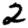
Digit: 2